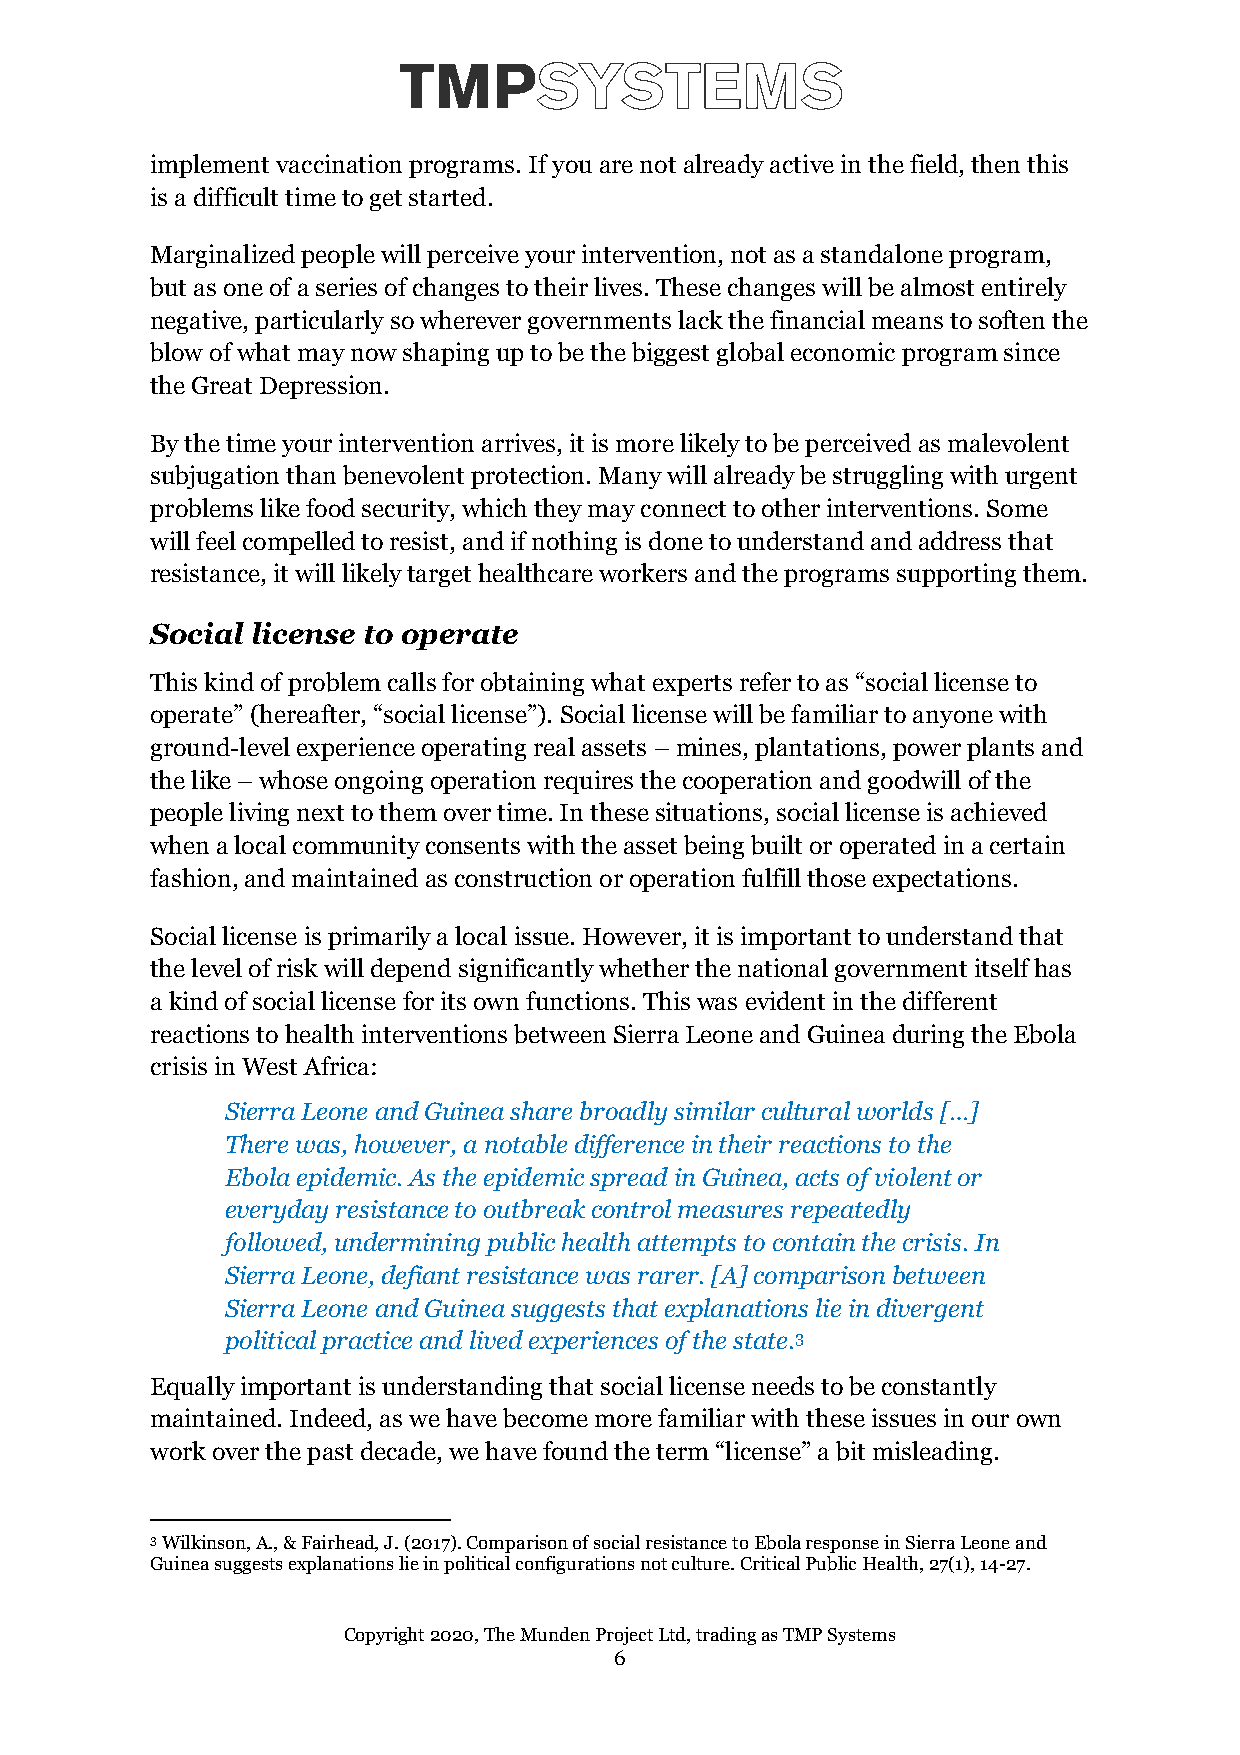
implement vaccination programs. If you are not already active in the field, then this
 is a difficult time to get started.
 Marginalized people will perceive your intervention, not as a standalone program,
 but as one of a series of changes to their lives. These changes will be almost entirely
 negative, particularly so wherever governments lack the financial means to soften the
 blow of what may now shaping up to be the biggest global economic program since
 the Great Depression.
 By the time your intervention arrives, it is more likely to be perceived as malevolent
 subjugation than benevolent protection. Many will already be struggling with urgent
 problems like food security, which they may connect to other interventions. Some
 will feel compelled to resist, and if nothing is done to understand and address that
 resistance, it will likely target healthcare workers and the programs supporting them.
 Social license to operate
 This kind of problem calls for obtaining what experts refer to as “social license to
 operate” (hereafter, “social license”). Social license will be familiar to anyone with
 ground-level experience operating real assets – mines, plantations, power plants and
 the like – whose ongoing operation requires the cooperation and goodwill of the
 people living next to them over time. In these situations, social license is achieved
 when a local community consents with the asset being built or operated in a certain
 fashion, and maintained as construction or operation fulfill those expectations.
 Social license is primarily a local issue. However, it is important to understand that
 the level of risk will depend significantly whether the national government itself has
 a kind of social license for its own functions. This was evident in the different
 reactions to health interventions between Sierra Leone and Guinea during the Ebola
 crisis in West Africa:
 Sierra Leone and Guinea share broadly similar cultural worlds […]
 There was, however, a notable difference in their reactions to the
 Ebola epidemic. As the epidemic spread in Guinea, acts of violent or
 everyday resistance to outbreak control measures repeatedly
 followed, undermining public health attempts to contain the crisis. In
 Sierra Leone, defiant resistance was rarer. [A] comparison between
 Sierra Leone and Guinea suggests that explanations lie in divergent
 political practice and lived experiences of the state.3
 Equally important is understanding that social license needs to be constantly
 maintained. Indeed, as we have become more familiar with these issues in our own
 work over the past decade, we have found the term “license” a bit misleading.
 3 Wilkinson, A., & Fairhead, J. (2017). Comparison of social resistance to Ebola response in Sierra Leone and
 Guinea suggests explanations lie in political configurations not culture. Critical Public Health, 27(1), 14-27.
 Copyright 2020, The Munden Pro ject Ltd, trading as TMP Systems
 6